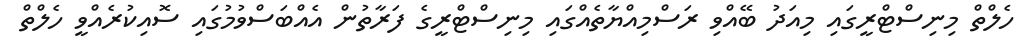
ހެލްތް މިނިސްޓްރީގައި މިއަދު ބޭއްވި ރަސްމިއްޔާތެއްގައި މިނިސްޓްރީގެ ފަރާތުން އެއްބަސްވުމުގައި ސޮއިކުރެއްވީ ހެލްތް